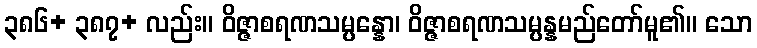
၃၈၆+ ၃၈၇+ လည်း။ ဝိဇ္ဇာစရဏသမ္ပန္နော၊ ဝိဇ္ဇာစရဏသမ္ပန္နမည်တော်မူ၏။ သော